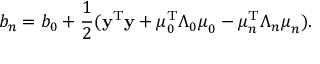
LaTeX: b _ { n } = b _ { 0 } + { \frac { 1 } { 2 } } ( \mathbf { y } ^ { \mathrm { { T } } } \mathbf { y } + { \boldsymbol { \mu } } _ { 0 } ^ { \mathrm { { T } } } { \boldsymbol { \Lambda } } _ { 0 } { \boldsymbol { \mu } } _ { 0 } - { \boldsymbol { \mu } } _ { n } ^ { \mathrm { { T } } } { \boldsymbol { \Lambda } } _ { n } { \boldsymbol { \mu } } _ { n } ) .